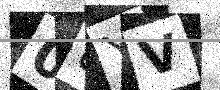
Text: 08YV